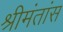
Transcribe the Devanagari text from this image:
श्रीमंतांस